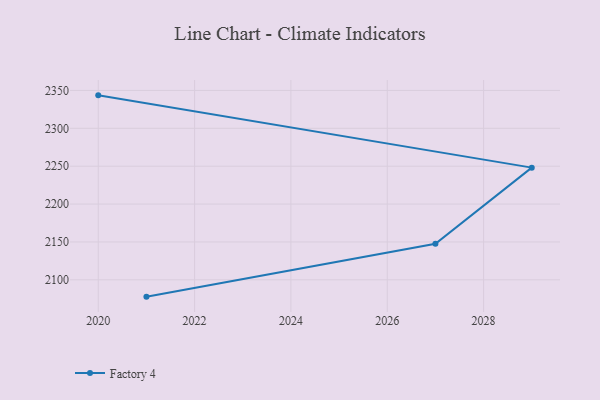
{"axis": {"x": "Year", "y": "Energy Usage (MWh)"}, "legend": ["Factory 4"], "data": [{"x": "2020", "y": 2343.5, "type": "Factory 4"}, {"x": "2029", "y": 2248.1, "type": "Factory 4"}, {"x": "2027", "y": 2147.7, "type": "Factory 4"}, {"x": "2021", "y": 2077.8, "type": "Factory 4"}]}